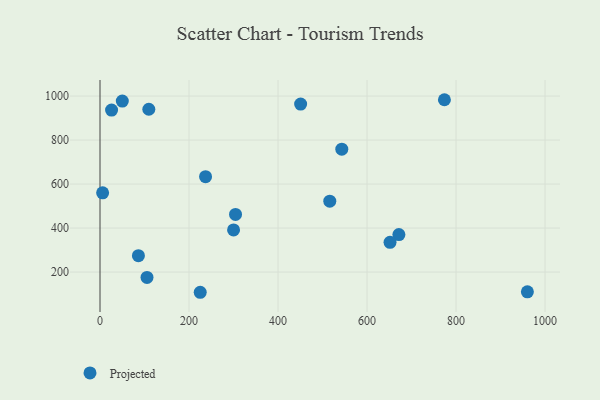
{"axis": {"x": "Price", "y": "Rating"}, "legend": ["Projected"], "data": [{"x": "86.3", "y": 274.3, "type": "Projected"}, {"x": "450.8", "y": 963.8, "type": "Projected"}, {"x": "671.6", "y": 370.2, "type": "Projected"}, {"x": "543.3", "y": 758.5, "type": "Projected"}, {"x": "26.0", "y": 936.4, "type": "Projected"}, {"x": "516.3", "y": 522.4, "type": "Projected"}, {"x": "304.5", "y": 462.2, "type": "Projected"}, {"x": "651.7", "y": 335.3, "type": "Projected"}, {"x": "50.1", "y": 977.2, "type": "Projected"}, {"x": "5.9", "y": 560.3, "type": "Projected"}, {"x": "105.6", "y": 175.4, "type": "Projected"}, {"x": "237.2", "y": 633.7, "type": "Projected"}, {"x": "960.3", "y": 110.0, "type": "Projected"}, {"x": "225.2", "y": 108.1, "type": "Projected"}, {"x": "773.9", "y": 983.4, "type": "Projected"}, {"x": "109.7", "y": 940.2, "type": "Projected"}, {"x": "300.1", "y": 391.5, "type": "Projected"}]}